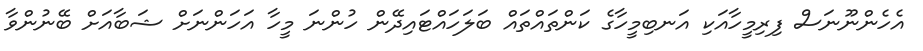
އެހެންނޫނަސް ފިރިމީހާއަކި އަނބިމީހާގެ ކަންތައްތައް ބަލަހައްޓައިދޭން ހުންނަ މީހާ އަހަންނަށް ޝަބާއަށް ބޭނުންވާ